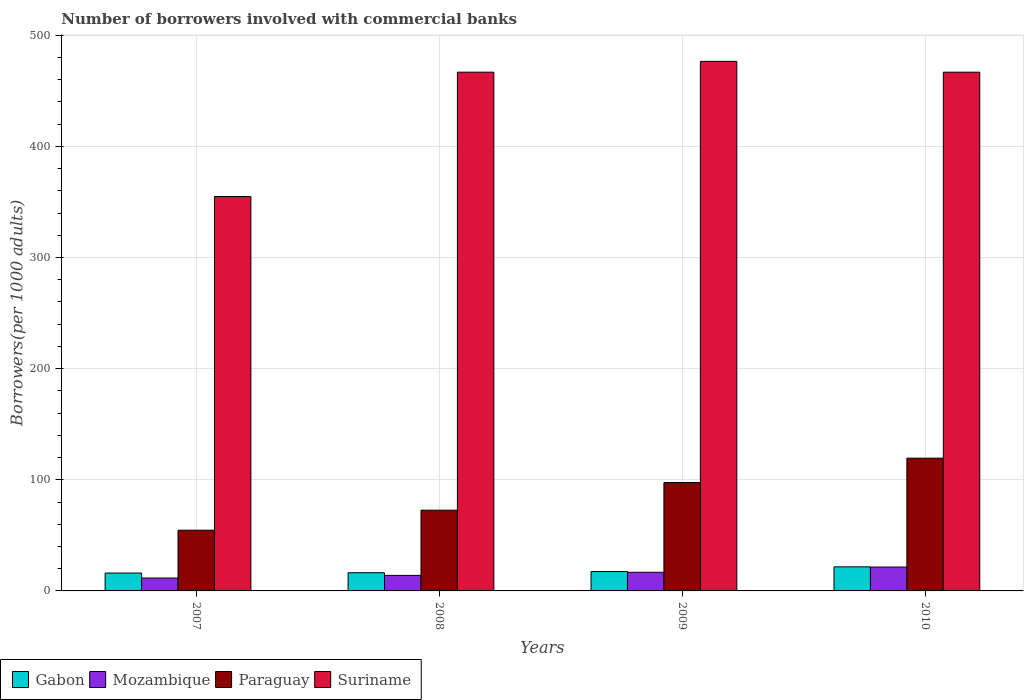
| Years | Gabon | Mozambique | Paraguay | Suriname |
 | --- | --- | --- | --- | --- |
 | 2007 | 16.1 | 11.6 | 54.6 | 355 |
 | 2008 | 16.4 | 14 | 72.6 | 467 |
 | 2009 | 17.5 | 16.8 | 97.5 | 476 |
 | 2010 | 21.7 | 21.5 | 119 | 467 |